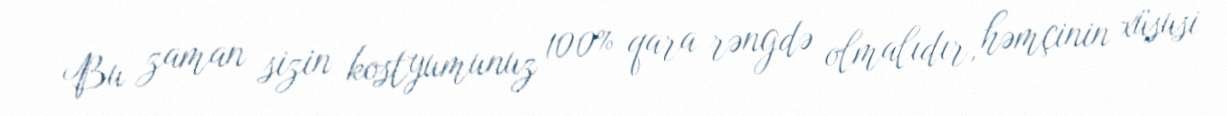
Bu zaman sizin kostyumunuz 100% qara rəngdə olmalıdır, həmçinin xüsusi